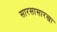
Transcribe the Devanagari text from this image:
सारसासारखा